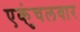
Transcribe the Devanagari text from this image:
एकुंचलवार